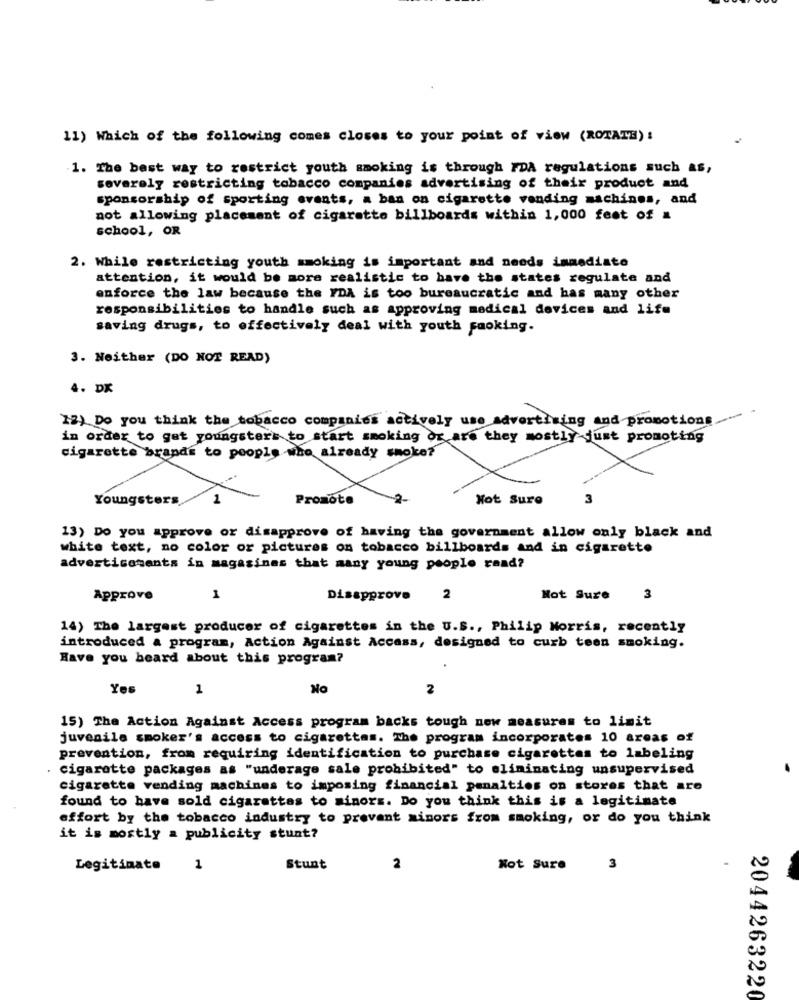
11) Which of the following comes closes to your point of view (ROTATE) :
1. The best way to restrict youth smoking is through FDA regulations such as,
severely restricting tobacco companies advertising of their product and
sponsorship of sporting events, a ban on cigarette vending machines, and
not allowing placement of cigarette billboards within 1,000 feet of a
school, OR
2. While restricting youth smoking is important and needs immediate
attention, it would be more realistic to have the states regulate and
enforce the law because the YDA is too bureaucratic and has many other
responsibilities to handle such as approving medical devices and life
saving drugs, to effectively deal with youth paoking.
3. Neither (DO NOT READ)
4. DK
12) Do you think the tobacco companies actively use advertising and promotions
in order to gat youngsters to start smoking or are they mostly just promoting
cigarette brands to people who already smoke?
Youngsters
1
Promote
Not Sure
3
13) Do you approve or disapprove of having the government allow only black and
white text, no color or pictures on tobacco billboards and in cigarette
advertisements in magazines that many young people raad?
Approve
1
Disapprove 2
Not Sure
3
14) The largest producer of cigarettes in the U.S ., Philip Morris, recently
introduced a program, Action Against Access, designed to curb teen smoking.
Have you heard about this program?
Yes
1
No
2
15) The Action Against Access program backs tough new measures to limit
juvenile smoker's access to cigarettes. The program incorporates 10 areas of
prevention, from requiring identification to purchase cigarettes to labeling
cigarette packages as "underage sale prohibited" to eliminating unsupervised
cigarette vending machines to imposing financial penalties on stores that are
found to have sold cigarettes to minors. Do you think this is a legitimate
effort by the tobacco industry to prevent minors from smoking, or do you think
it is mostly a publicity stunt?
Legitimate
1
Stunt
2
Not Sure
3
2044263220